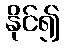
နိုင်၍